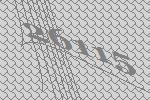
26115